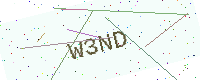
Text: W3ND